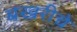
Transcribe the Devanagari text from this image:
बखरीचे